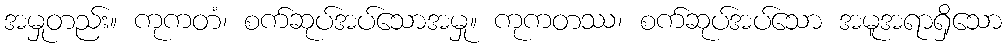
အမှုတည်း။ ကုကတံ၊ စက်ဆုပ်အပ်သောအမှု။ ကုကတဿ၊ စက်ဆုပ်အပ်သော အမူအရာရှိသော